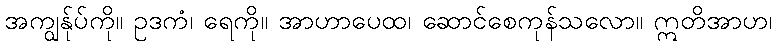
အကျွန်ုပ်ကို။ ဥဒကံ၊ ရေကို။ အာဟာပေထ၊ ဆောင်စေကုန်သလော။ ဣတိအာဟ၊